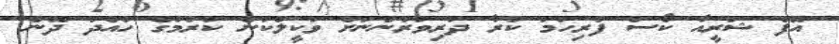
އޮފް ޝަރީއާ ކޯސް ފުރިހަމަ ކުރާ ދަރިވަރުންނަށް ވަކީލުކަން ކުރުމުގެ ހުއްދަ ދޭން